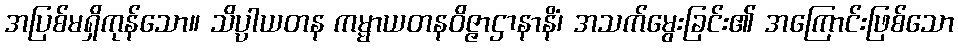
အပြစ်မရှိကုန်သော။ သိပ္ပါယတန ကမ္မာယတနဝိဇ္ဇာဌာနာနိံ၊ အသက်မွေးခြင်း၏ အကြောင်းဖြစ်သော